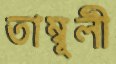
তাম্বূলী